Annual returns of the Patna Lunatic Asylum at Bankipore in Bihar and Orissa - 1912-1924
Year: 1912
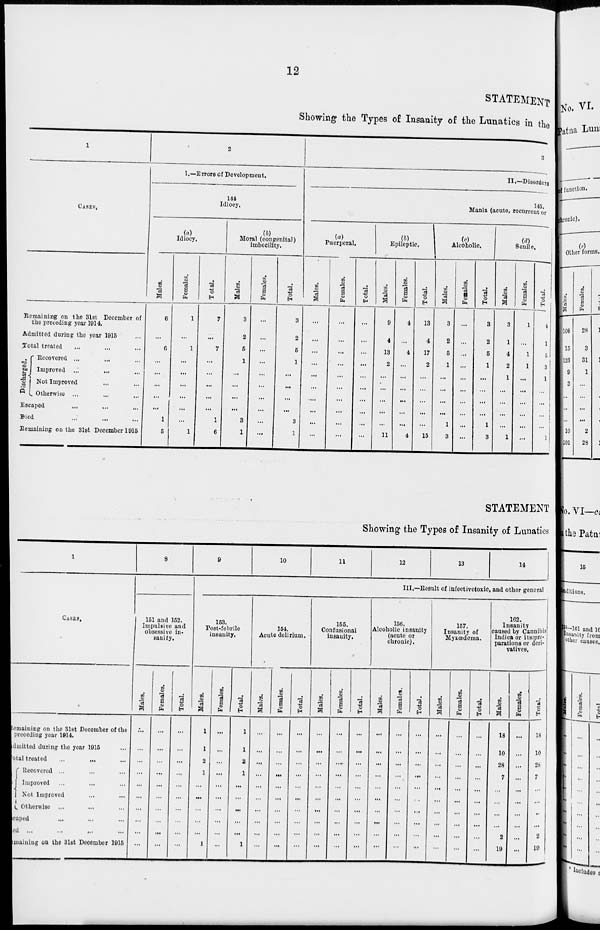
12
STATEMENT
Showing the Types of Insanity of the Lunatics in the
1
CASES.
Remaining on the 31st December of
the preceding year 1914.
Admitted during the year 1915 ...
Total treated ... ... ...
Discharged.
Recovered ... ... ...
Improved ... ... ...
Not Improved ... ...
Otherwise ... ... ...
Escaped ... ... ...
Died ... ... ...
Remaining on the 31st December 1915
2
1.—Errors of Development.
144
Idiocy,
(a)
Idiocy,
Males.
6
...
6
...
...
...
...
...
1
5
Females.
1
...
1
...
...
...
...
...
...
1
Total.
7
...
7
...
...
...
...
...
1
6
(b)
Moral (congenital)
imbecility.
Males.
3
2
5
1
...
...
...
...
3
1
Females.
...
...
...
...
...
...
...
...
...
...
Total.
3
2
5
1
...
...
...
...
3
1
3
II.—Disorders
145.
Mania (acute, recurrent or
(a)
Puerperal.
Males.
...
...
...
...
...
...
...
...
...
...
Females.
...
...
...
...
...
...
...
...
...
...
Total.
...
...
...
...
...
...
...
...
...
...
(b)
Epileptic.
Males.
9
4
13
2
...
...
...
...
...
11
Females.
4
...
4
...
...
...
...
...
...
4
Total.
13
4
17
2
...
...
...
...
...
15
(c)
Alcoholic.
Males.
3
2
5
1
...
...
...
...
1
3
Females.
...
...
...
...
...
...
...
...
...
...
Total.
3
2
5
1
...
...
...
...
1
3
(d)
Senile.
Males.
3
1
4
2
1
...
...
...
...
1
Females.
1
...
1
1
...
...
...
...
...
...
Total.
4
1
5
3
1
...
...
...
...
1
STATEMENT
Showing the Types of Insanity of Lunatics
1
CASES.
Remaining on the 31st December of the
preceding year 1914.
Admitted during the year 1915 ...
Total treated
...
...
...
Discharged
Recovered ... ... ... ...
Improved ... ... ...
Not Improved ... ...
Otherwise ... ... ...
Escaped ... ... ...
Died ... ... ...
Remaining on the 31st December 1915
8
151 and 152.
Impulsive and
obsessive in-
sanity.
Males.
...
...
...
...
...
...
...
...
...
...
Females.
...
...
...
...
...
...
...
...
...
...
Total.
...
...
...
...
...
...
...
...
...
...
9
10
11
12
13
14
III.—Result of infectivetoxic, and other general
153.
Post-febrile
insanity.
Males.
1
1
2
1
...
...
...
...
...
1
Females.
...
...
...
...
...
...
...
...
...
...
Total.
1
1
2
1
...
...
...
...
...
1
154.
Acute delirium.
Males.
...
...
...
...
...
...
...
...
...
...
Females.
...
...
...
...
...
...
...
...
...
...
Total.
...
...
...
...
...
...
...
...
...
...
155.
Confusional
insanity.
Males.
...
...
...
...
...
...
...
...
...
...
Females.
...
...
....
...
...
...
...
...
...
...
Total.
...
...
...
...
...
...
...
...
...
...
156.
Alcoholic insanity
(acute or
chronic).
Males.
...
...
...
...
...
...
...
...
...
...
Females.
...
...
...
...
...
...
...
...
...
...
Total.
...
...
...
...
...
...
...
...
...
...
157.
Insanity of
Myxœdema.
Males.
...
...
...
...
...
...
...
...
...
...
Females.
...
...
...
...
...
...
...
...
...
...
Total.
...
...
...
...
...
...
...
...
...
...
102.
Insanity
caused by Cannibis
Indica or its pro-
parations or deri-
vatives.
Males.
18
10
28
7
...
...
...
...
2
19
Females.
...
...
...
...
...
...
...
...
...
...
Total.
18
10
28
7
...
...
...
...
2
19